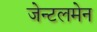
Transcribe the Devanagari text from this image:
जेन्टलमेन